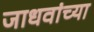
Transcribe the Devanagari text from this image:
जाधवांच्या